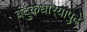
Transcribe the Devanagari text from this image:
बंदुकधार्‍यांपुढे